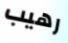
رهيب